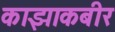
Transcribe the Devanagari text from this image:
काझाकबीर